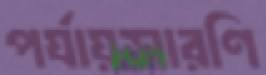
পর্যায়সারণি